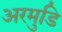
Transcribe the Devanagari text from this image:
अरमुडि